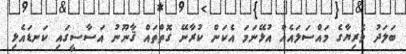
ބަލަދު ވެރިޔާގެ މައްސަލައެއް އުޅޭނަމަ އެކަން ކުރާނޭ ގޮތްތައް ޤާނޫނު އަސާސީގައި ކަނޑައެޅި